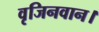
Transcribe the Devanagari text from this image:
वृजिनवान।